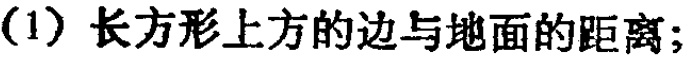
(1) 长方形上方的边与地面的距离;